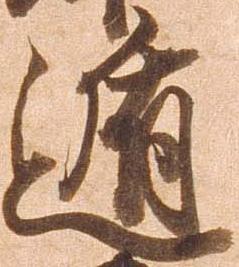
遁